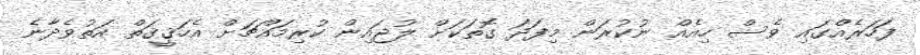
ފަހަރެއްގައި ވެސް ހިއެއް ނުކުރަން މިފަދަ ގޮތަކަށް ލުޖައިން ކުރިމައްޗަށް އެހަޤީޤަތް އަތުވެދާނެ